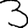
Digit: 3